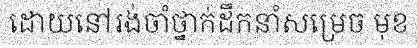
ដោយនៅរង់ចាំថ្នាក់ដឹកនាំសម្រេច មុខ